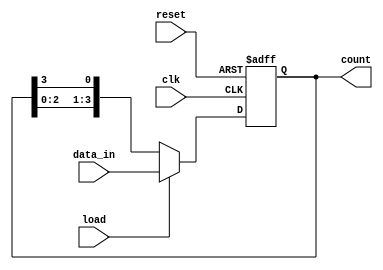
module loadable_ring_counter #(
    parameter N = 4 // Number of bits (flip-flops)
)(
    input wire clk,              // Clock signal
    input wire reset,            // Asynchronous reset signal
    input wire load,             // Load control signal
    input wire [N-1:0] data_in,  // Input data for loading
    output reg [N-1:0] count     // Output count
);

// Internal signals
reg [N-1:0] next_count;

// Always block for synchronous logic
always @(posedge clk or posedge reset) begin
    if (reset) begin
        count <= {N{1'b0}}; // Reset count to 0
    end else if (load) begin
        count <= data_in;   // Load new value
    end else begin
        count <= next_count; // Update count based on the next value
    end
end

// Combinational logic to generate the next count value
always @(*) begin
    next_count = {count[N-2:0], count[N-1]}; // Shift left for ring counting
end

endmodule